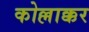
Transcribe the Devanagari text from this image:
कोल्लाक्कर